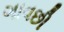
ગાવછી